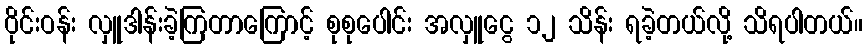
ဝိုင်းဝန်း လှူဒါန်းခဲ့ကြတာကြောင့် စုစုပေါင်း အလှူငွေ ၁၂ သိန်း ရခဲ့တယ်လို့ သိရပါတယ်။